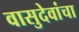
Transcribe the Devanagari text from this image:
वासुदेवांचा